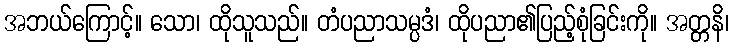
အဘယ်ကြောင့်။ သော၊ ထိုသူသည်။ တံပညာသမ္ပဒံ၊ ထိုပညာ၏ပြည့်စုံခြင်းကို။ အတ္တနိ၊